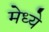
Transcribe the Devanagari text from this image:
मेध्ये